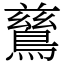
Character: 鶿